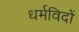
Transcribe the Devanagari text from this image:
धर्मविदों